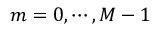
m = 0 , \cdots , M - 1